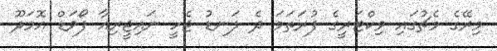
މިރޭގެ މެޗުގައި ވިކްޓަރީގެ ފުރަތަމަ ދެ ލަނޑު ޖެހީ ނައިޖީރިއާ ފޯވަޑް އޮމަދޫ